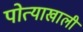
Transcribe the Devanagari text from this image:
पोत्याखाली